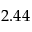
2 . 4 4